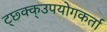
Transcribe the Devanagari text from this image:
ट्छ्क्क्उपयोगकर्ता